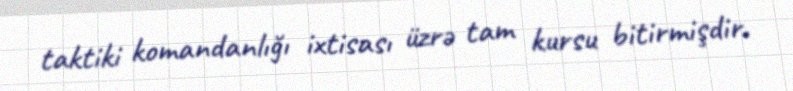
taktiki komandanlığı ixtisası üzrə tam kursu bitirmişdir.